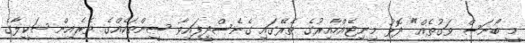
މީ ބޯނަސް ވަގުތެއް" ދޮޅު މިނިޓެއްހާއިރުގެ ތެރޭގައި ގެނެސްދީފައިވާ ސީންތަކެއްގެ ތެރެއިން ޝަކީލާގެ